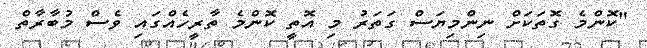
"ކޮންމެ ގޮތަކަށް ނިންމިޔަސް ގަތަރު މި އޮތީ ކޮންމެ ތާރީހެއްގައި ވެސް މުބާރާތް